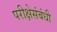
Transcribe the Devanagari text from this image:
परीक्षेसंबंधी